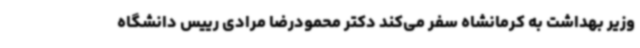
وزیر بهداشت به کرمانشاه سفر می‌کند دکتر محمودرضا مرادی رییس دانشگاه